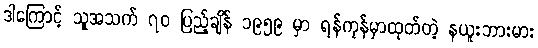
ဒါကြောင့် သူအသက် ၇၀ ပြည့်ချိန် ၁၉၅၉ မှာ ရန်ကုန်မှာထုတ်တဲ့ နယူးဘားမား